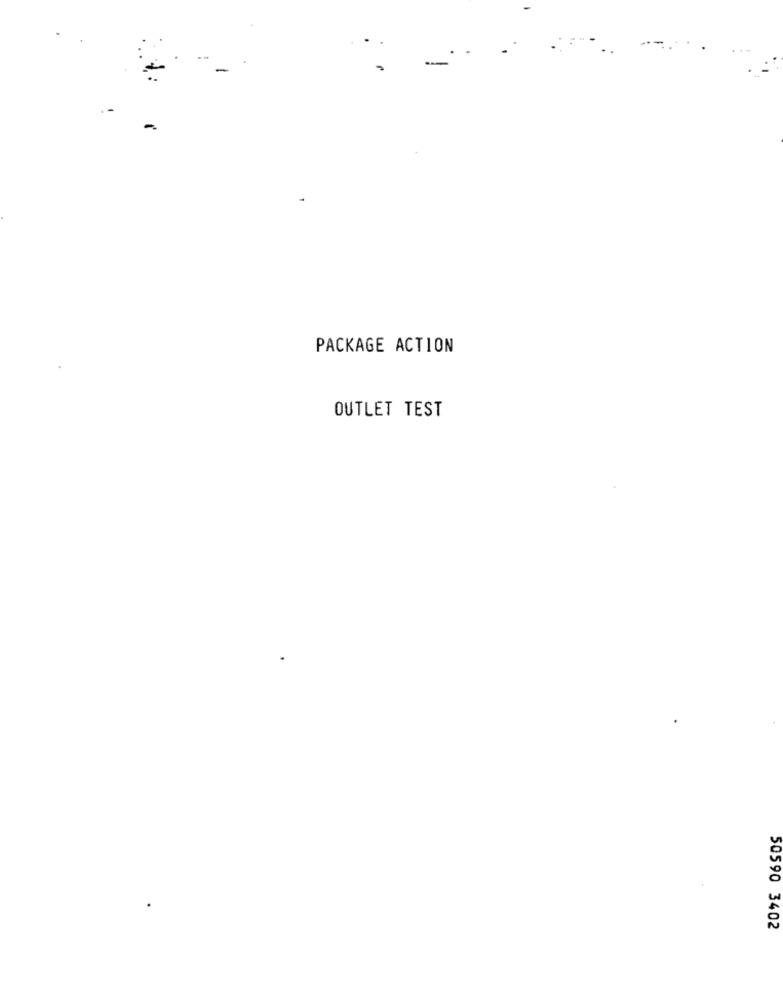
PACKAGE ACTION
OUTLET TEST
50590 3402